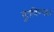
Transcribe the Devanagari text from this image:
गुंतविण्यात